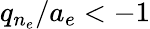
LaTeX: q_{n_{e}}/a_{e}<-1